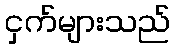
ငှက်များသည်